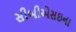
સીબીએસઇના